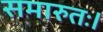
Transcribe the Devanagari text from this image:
समारुतः।